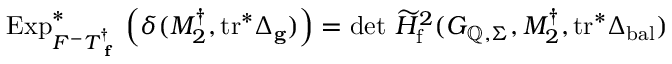
\mathrm { E x p } _ { F ^ { - } T _ { \textup { \bf f } } ^ { \dagger } } ^ { * } \left( \delta ( M _ { 2 } ^ { \dagger } , \mathrm { t r } ^ { * } \Delta _ { \mathbf { g } } ) \right) = \operatorname* { d e t } \, \widetilde { H } _ { \mathrm { f } } ^ { 2 } ( G _ { \mathbb { Q } , \Sigma } , M _ { 2 } ^ { \dagger } , \mathrm { t r } ^ { * } \Delta _ { \mathrm { b a l } } )